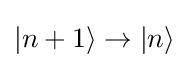
|n+1\rangle \to |n\rangle